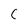
Character: C